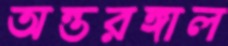
অন্তরঙ্গাল